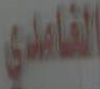
الغامدي